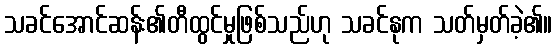
သခင်အောင်ဆန်း၏တီထွင်မှုဖြစ်သည်ဟု သခင်နုက သတ်မှတ်ခဲ့၏။